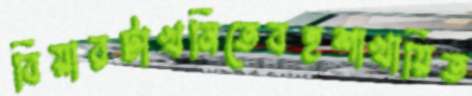
বিয়ারটাখনিতেবহুশাখায়িত